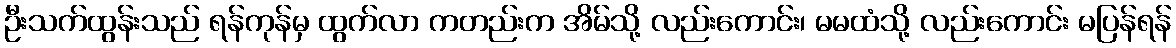
ဦးသက်ထွန်းသည် ရန်ကုန်မှ ထွက်လာ ကတည်းက အိမ်သို့ လည်းကောင်း၊ မမထံသို့ လည်းကောင်း မပြန်ရန်